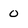
Character: 0